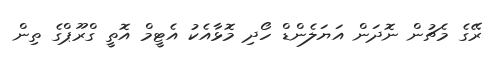
ރޭގެ މެޗުން ނޮދަން އަޔަލެންޑް ހޯދި މޮޅާއެކު އެޓީމް އޮތީ ގްރޫޕްގެ ތިން